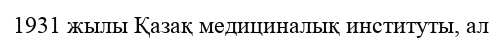
1931 жылы Қазақ медициналық институты, ал